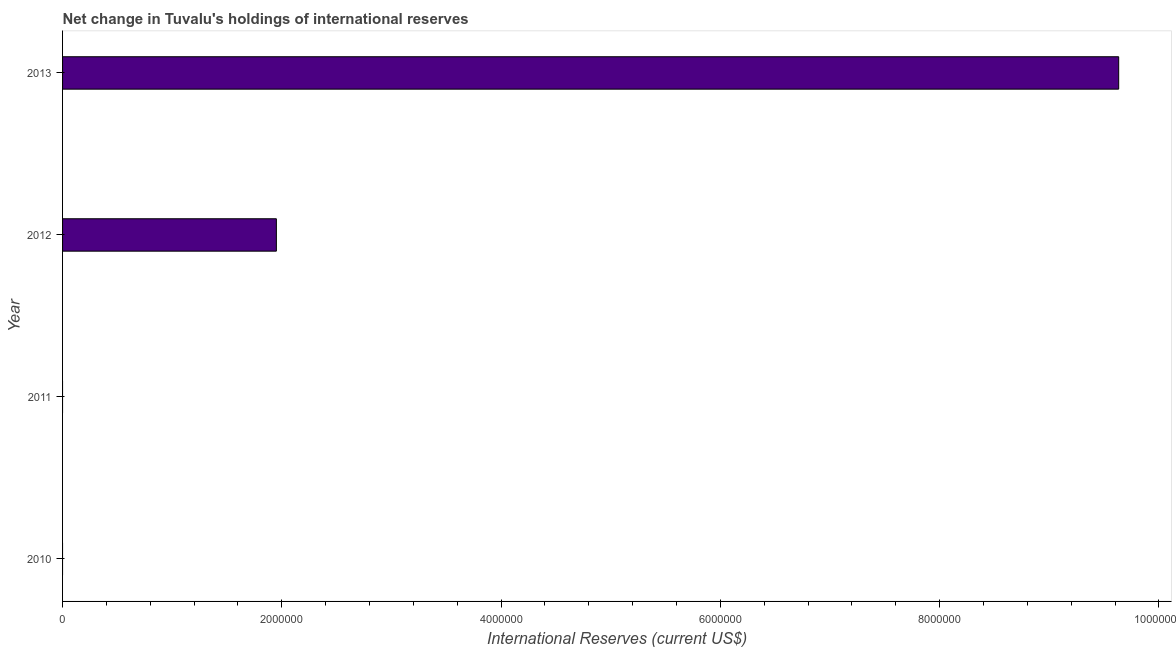
| Year | Reserves and related items |
 | --- | --- |
 | 2010 | -3.82e+06 |
 | 2011 | -1.72e+06 |
 | 2012 | 1.95e+06 |
 | 2013 | 9.63e+06 |